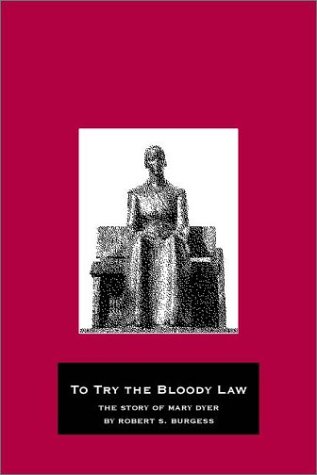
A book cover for To Try the Bloody Law: The Story of Mary Dyer; Robert S. Burgess; Christian Books & Bibles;